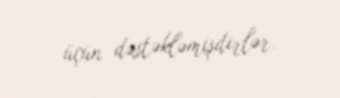
üçün dəstəkləmişdirlər.